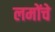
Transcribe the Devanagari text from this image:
लमोंचे